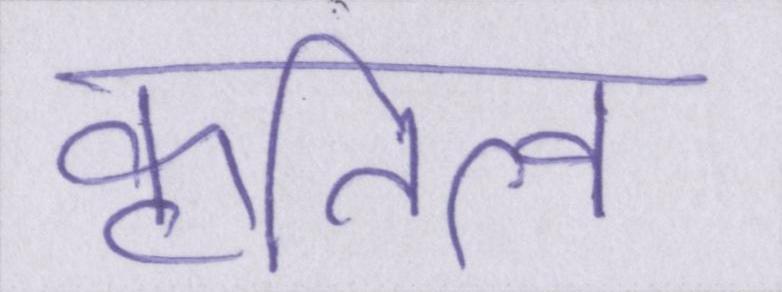
कृतित्व